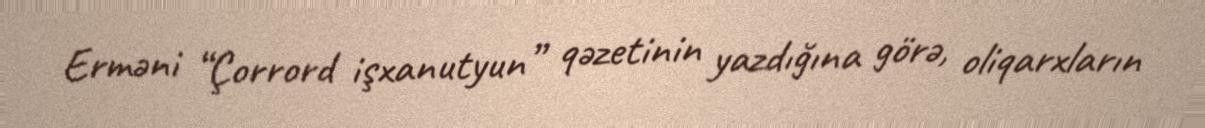
Erməni “Çorrord işxanutyun” qəzetinin yazdığına görə, oliqarxların